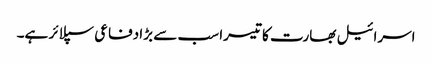
اسرائیل بھارت کا تیسرا سب سے بڑا دفاعی سپلائر ہے۔